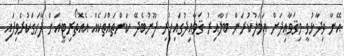
އޭނާ ވިދާޅުވީ މިޤަވާޢިދަށް ޢަމަލުކުރަން ބަލާއިރު ޤަވާޢިދުގައިހުރި ފޫނުބެދޭ ކަންތައްތަކެއް އެއޮތޯރިޓީއަށް ފާހަގަކުރެވިފައި